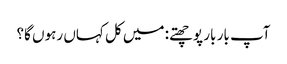
آپ بار بار پوچھتے: میں کل کہاں رہوں گا؟